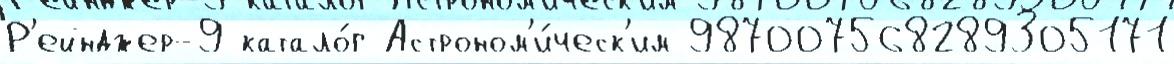
Р'ейнджер-9 катало́г Астроном'и́ческ'им 987007568289305171